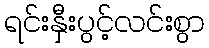
ရင်းနှီးပွင့်လင်းစွာ